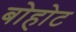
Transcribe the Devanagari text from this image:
बोहोट